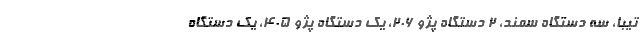
تیبا، سه دستگاه سمند، ۲ دستگاه پژو ۲۰۶، یک دستگاه پژو ۴۰۵، یک دستگاه